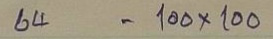
64 = 100 x 100